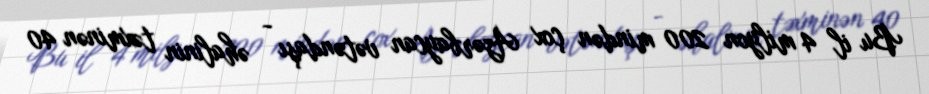
Bu il 4 milyon 200 mindən çox Azərbaycan vətəndaşı - əhalinin təxminən 40